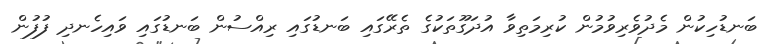
ބަނޑުހިކުން މެދުވެރިވުމުން ކުރިމަތިވާ އުދަގޫތަކުގެ ތެރޭގައި ބަނޑުގައި ރިއްސުން ބަނޑުގައި ވައިހެނދި ފުފުން